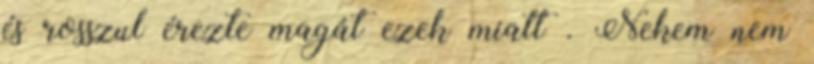
és rosszul érezte magát ezek miatt . Nekem nem